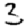
Digit: 3